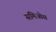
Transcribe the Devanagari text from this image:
समिओस